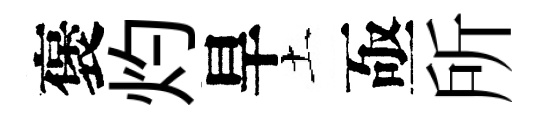
褒灼旱土亟所